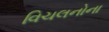
વિચલનોના